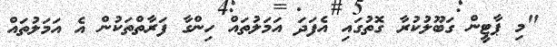
"މި ޕާޓީން ގަބޫލުކުރާ ގޮތުގައި އެފަދަ އަމަލުތައް ހިންގާ ފަރާތްތަކުން އެ އަމަލުތައް